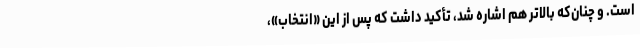
است. و چنان‌که بالاتر هم اشاره شد، تأکید داشت که پس از این «انتخاب»،